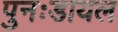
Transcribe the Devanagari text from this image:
पुनःडायल